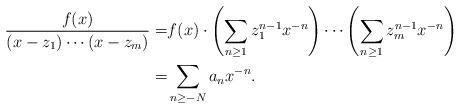
LaTeX: \begin{align*}\frac{f(x)}{(x-z_1)\cdots(x-z_m)}= & f(x)\cdot\left(\sum_{n\geq 1} z_1^{n-1}x^{-n}\right)\cdots\left(\sum_{n\geq 1}z_m^{n-1}x^{-n}\right)\\= & \sum_{n\geq -N}a_nx^{-n}.\end{align*}